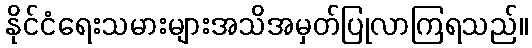
နိုင်ငံရေးသမားများအသိအမှတ်ပြုလာကြရသည်။